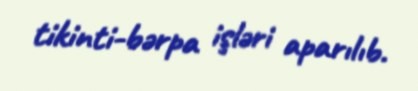
tikinti-bərpa işləri aparılıb.